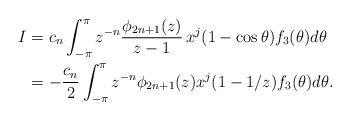
LaTeX: \begin{align*}I&=c_n\int^\pi_{-\pi} z^{-n} \frac{\phi_{2n+1}(z)}{z-1}\, x^j(1-\cos\theta)f_3(\theta)d\theta\\&= -\frac{c_n}{2}\int^\pi_{-\pi} z^{-n}\phi_{2n+1}(z)x^j(1-1/z)f_3(\theta)d\theta.\end{align*}